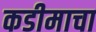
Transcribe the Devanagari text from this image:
कडीमाचा